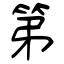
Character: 第